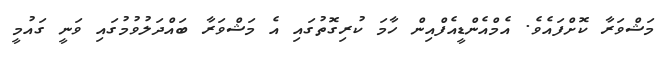
މަޝްވަރާ ކޮށްފައެވެ. އެމްއެންޑީއެފްއިން ހާމަ ކުރިގޮތުގައި އެ މަޝްވަރާ ބައްދަލުވުމުގައި ވަނީ ގައުމީ